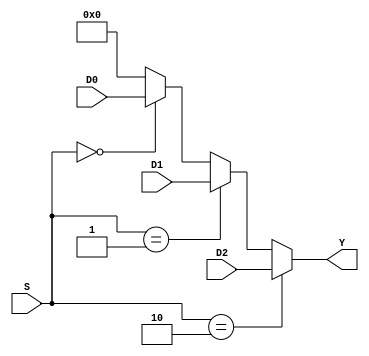
module Mux3 (D2, D1, D0, S, Y);
	input [31:0] D2, D1, D0;
	input [1:0] S;
	output [31:0] Y;
	
	assign Y = (S == 2) ? D2 :
				  (S == 1) ? D1 :
				  (S == 0) ? D0 : 0;
endmodule